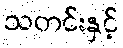
သတင်းနှင့်